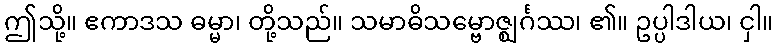
ဤသို့။ ဧကာဒသ ဓမ္မာ၊ တို့သည်။ သမာဓိသမ္ဗောဇ္ဈင်္ဂဿ၊ ၏။ ဥပ္ပါဒါယ၊ ငှါ။